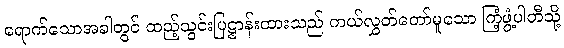
ရောက်သောအခါတွင် ထည့်သွင်းပြဋ္ဌာန်းထားသည် ကယ်လွှတ်တော်မူသော ကြံ့ဖွံ့ပါတီသို့